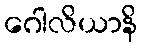
ဂေါလိယာနိ